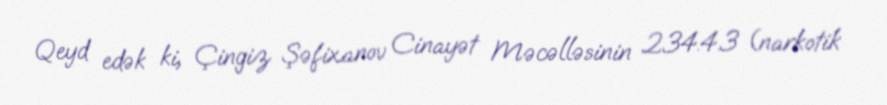
Qeyd edək ki, Çingiz Şəfixanov Cinayət Məcəlləsinin 234.4.3 (narkotik